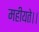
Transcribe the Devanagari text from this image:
महीयते।।